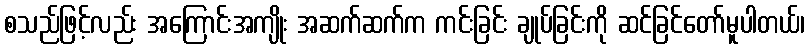
စသည်ဖြင့်လည်း အကြောင်းအကျိုး အဆက်ဆက်က ကင်းခြင်း ချုပ်ခြင်းကို ဆင်ခြင်တော်မူပါတယ်၊